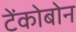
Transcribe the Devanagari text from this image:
टेंकोबोन